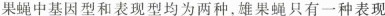
果蝇中基因型和表现型均为两种，雄果蝇只有一种表现